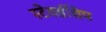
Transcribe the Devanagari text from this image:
स्टेवर्डशिप